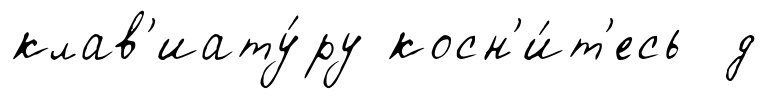
клав'иату́ру косн'и́т'есь д